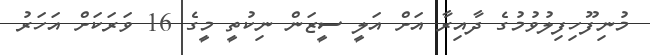
މުނިފޫހިފިލުވުމުގެ ދާއިރާ އަށް އަލީ ސީޒަން ނިކުތީ މީގެ 16 ވަރަކަށް އަހަރު